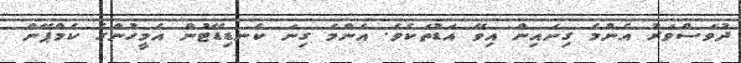
ދުވަސްވަރު އެންމެ ގިނައިން އިވޭ އަޑުތަކެވެ. އެންމެ ގިނަ ކެނޑިޑޭޓުން އެމީހުންގެ ކެމްޕޭން